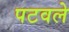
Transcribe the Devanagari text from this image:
पटवले